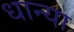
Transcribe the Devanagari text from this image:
धान्या